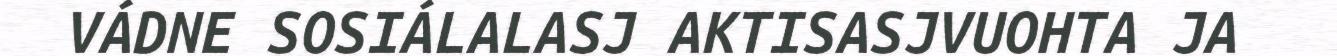
VÁDNE SOSIÁLALASJ AKTISASJVUOHTA JA